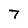
Character: 7